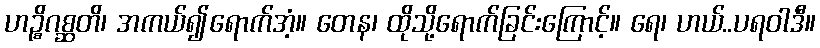
ဟဉ္စိဂစ္ဆတိ၊ အကယ်၍ရောက်အံ့။ တေန၊ ထိုသို့ရောက်ခြင်းကြောင့်။ ရေ၊ ဟယ်..ပရဝါဒီ။